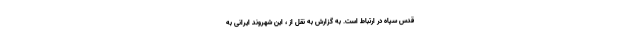
قدس سپاه در ارتباط است. به گزارش به نقل از ، این شهروند ایرانی به